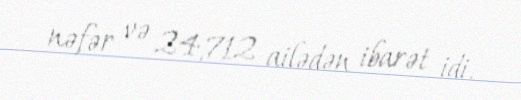
nəfər və 24,712 ailədən ibarət idi.